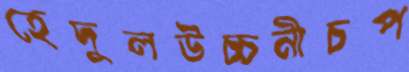
হেদুলউচ্চনীচপ